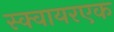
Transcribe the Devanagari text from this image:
स्क्वायरएक